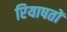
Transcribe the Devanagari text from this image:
रियाषतों